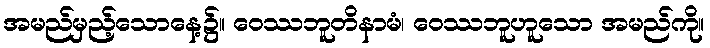
အမည်မှည့်သောနေ့၌။ ဝေဿဘူတိနာမံ၊ ဝေဿဘူဟူသော အမည်ကို။